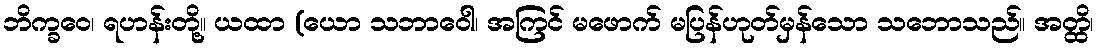
ဘိက္ခဝေ၊ ရဟန်းတို့။ ယထာ (ယော သဘာဝေါ၊ အကြင် မဖောက် မပြန်ဟုတ်မှန်သော သဘောသည်။ အတ္ထိ၊